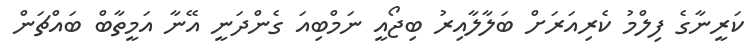
ކަރީނާގެ ފިލްމު ކެރިއަރަށް ބަލާލާއިރު ބިޖޯއީ ނަމްބިއަ ގެންދަނީ އޭނާ އަމީތާބް ބައްޗަން